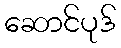
ဆောင်ပုဒ်